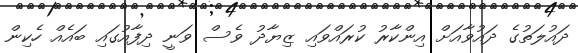
ދައުލަތުގެ ދައުވާއަށް އިންކާރު ކުރައްވައި ޒިޔާދު ވެސް ވަނީ ދިފާއުގައި ބައެއް ހެކިން